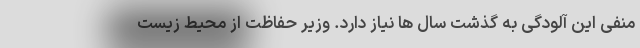
منفی این آلودگی به گذشت سال ها نیاز دارد. وزیر حفاظت از محیط زیست